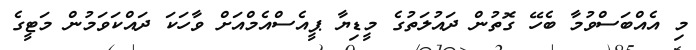
މި އެއްބަސްވުމާ ބެހޭ ގޮތުން ދައުލަތުގެ މީޑިޔާ ޕީއެސްއެމްއަށް ވާހަކަ ދައްކަވަމުން މަޓީގެ